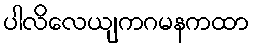
ပါလိလေယျကဂမနကထာ